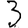
Digit: 3